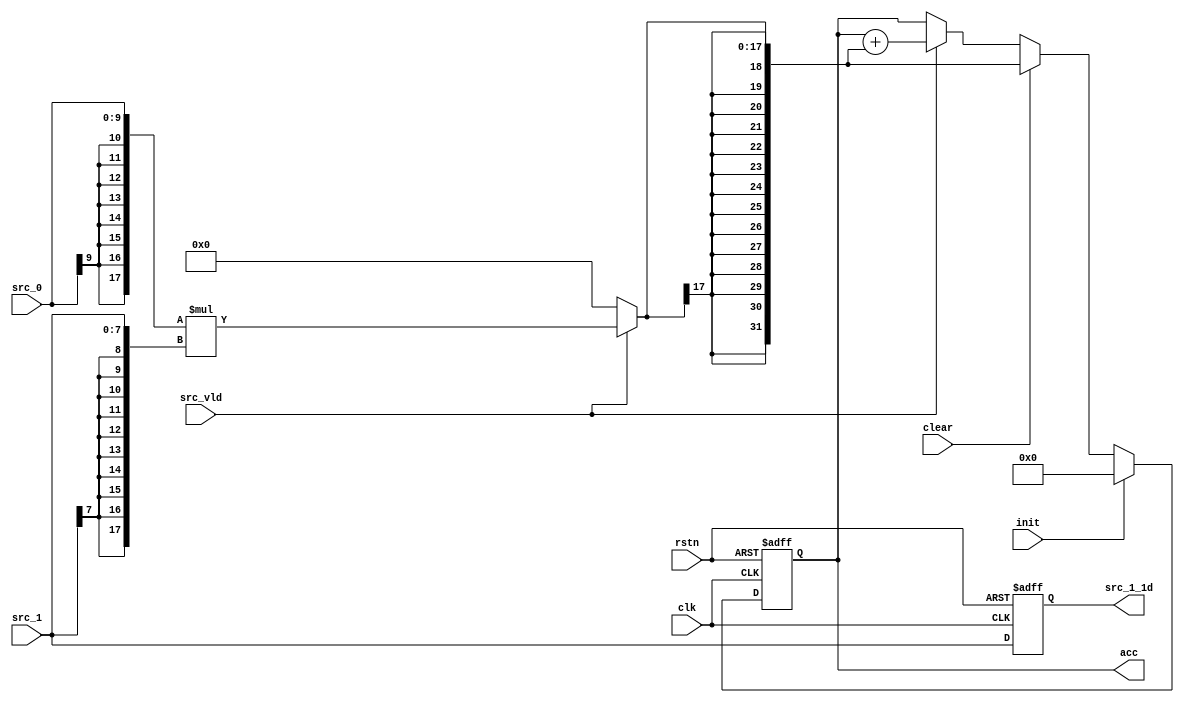
// Generated by stratus_hls 19.10-p100  (91500.011111)
// Wed Dec  2 16:54:58 2020
// from mac.cpp

`timescale 1ps / 1ps

      
module mac(clk, rstn, init, clear, src_vld, src_0, src_1, acc, src_1_1d);

      input clk;
      input rstn;
      input init;
      input clear;
      input src_vld;
      input [9:0] src_0;
      input [7:0] src_1;
      output [31:0] acc;
      reg [31:0] acc;
      output [7:0] src_1_1d;
      reg [7:0] src_1_1d;
      /*signed*/wire[17:0] mac_Mul_10Sx8S_18S_1_1_out1;
      reg[31:0] mac_N_Mux_32_2_0_4_5_out1;
      reg[31:0] mac_N_Mux_32_2_0_4_4_out1;
      reg[17:0] mac_N_Mux_18_2_1_1_2_out1;
      /*signed*/wire[31:0] mac_Add_32Sx18S_32S_4_3_out1;
      reg[31:0] mac_N_Mux_32_2_0_4_6_out1;

         // rtl_process:mac/drive_acc
         // Sharing or Control mux
         // Sharing/Controlling 3 operation(s) on drive_acc
         // at: mac.h:35:7
         // at: mac.h:41:7
         always @(posedge clk or negedge rstn)
          begin :drive_acc
            if (rstn == 1'b0) begin
               // op:_accumulator/OP13
               acc <= 32'd0000000000;
            end
            else begin
               // op:_accumulator/OP24
               acc <= mac_N_Mux_32_2_0_4_6_out1;
            end
         end

         // rtl_instance:mac/mac_Add_32Sx18S_32S_4_3
         // Resource=mac_Add_32Sx18S_32S_4, Function=add : Inputs=32S,18S Outputs=32S
         // Implements 1 operation(s)
         // at: mac.h:41:24
         assign mac_Add_32Sx18S_32S_4_3_out1 = acc + {{ 14 {mac_N_Mux_18_2_1_1_2_out1[17]}}, mac_N_Mux_18_2_1_1_2_out1};

         // rtl_instance:mac/mac_N_Mux_32_2_0_4
         always @(acc or src_vld or mac_Add_32Sx18S_32S_4_3_out1)
          begin :mac_N_Mux_32_2_0_4_4
            if (src_vld) begin
               mac_N_Mux_32_2_0_4_4_out1 = mac_Add_32Sx18S_32S_4_3_out1;
            end
            else begin
               mac_N_Mux_32_2_0_4_4_out1 = acc;
            end
         end

         // rtl_instance:mac/mac_N_Mux_32_2_0_4
         always @(clear or mac_N_Mux_18_2_1_1_2_out1 or mac_N_Mux_32_2_0_4_4_out1)
          begin :mac_N_Mux_32_2_0_4_5
            if (clear) begin
               mac_N_Mux_32_2_0_4_5_out1 = {{ 14 {mac_N_Mux_18_2_1_1_2_out1[17]}}, mac_N_Mux_18_2_1_1_2_out1};
            end
            else begin
               mac_N_Mux_32_2_0_4_5_out1 = mac_N_Mux_32_2_0_4_4_out1;
            end
         end

         // rtl_instance:mac/mac_N_Mux_32_2_0_4
         always @(init or mac_N_Mux_32_2_0_4_5_out1)
          begin :mac_N_Mux_32_2_0_4_6
            if (init) begin
               mac_N_Mux_32_2_0_4_6_out1 = 32'd0000000000;
            end
            else begin
               mac_N_Mux_32_2_0_4_6_out1 = mac_N_Mux_32_2_0_4_5_out1;
            end
         end

         // rtl_instance:mac/mac_Mul_10Sx8S_18S_1_1
         // Resource=mac_Mul_10Sx8S_18S_1, Function=mul : Inputs=10S,8S Outputs=18S
         // Implements 1 operation(s)
         // at: mac.h:30:26
         assign mac_Mul_10Sx8S_18S_1_1_out1 = {{ 8 {src_0[9]}}, src_0}*{{ 10 {src_1[7]}}, src_1};

         // rtl_instance:mac/mac_N_Mux_18_2_1_1
         always @(src_vld or mac_Mul_10Sx8S_18S_1_1_out1)
          begin :mac_N_Mux_18_2_1_1_2
            if (src_vld) begin
               mac_N_Mux_18_2_1_1_2_out1 = mac_Mul_10Sx8S_18S_1_1_out1;
            end
            else begin
               mac_N_Mux_18_2_1_1_2_out1 = 18'd000000;
            end
         end

         // rtl_process:mac/drive_src_1_1d
         // Sharing or Control mux
         // Sharing/Controlling 2 operation(s) on drive_src_1_1d
         // at: mac.h:23:2
         // at: mac.h:25:2
         always @(posedge clk or negedge rstn)
          begin :drive_src_1_1d
            if (rstn == 1'b0) begin
               // op:_delays/OP0
               src_1_1d <= 8'd000;
            end
            else begin
               // op:_delays/OP2
               src_1_1d <= src_1;
            end
         end


endmodule